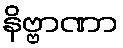
နိဗ္ဗာဏာ